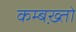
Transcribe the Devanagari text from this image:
कम्बख़्तो